Report on vaccination in the Province of Bengal - 1874-1889
Year: 1874
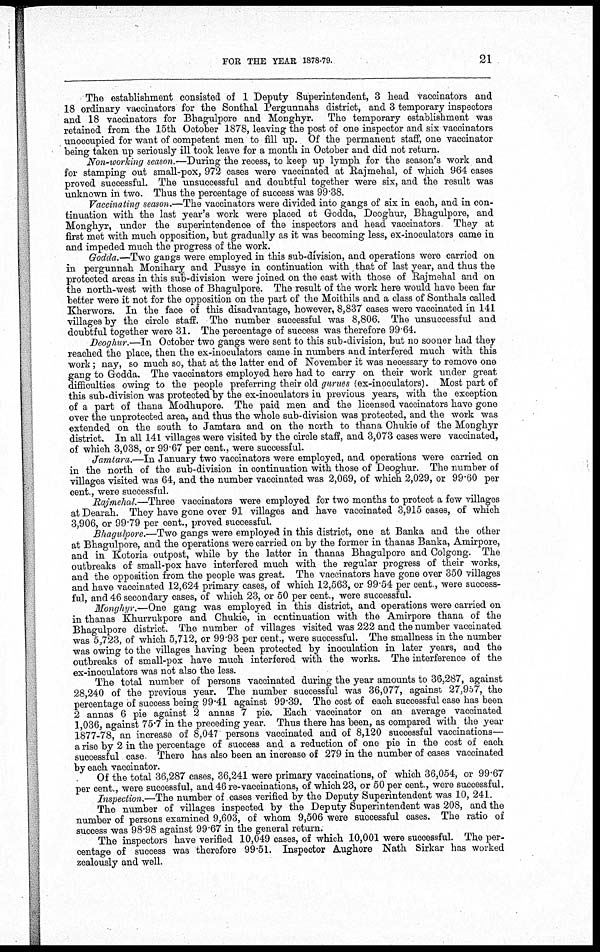
FOR THE YEAR 1878-79.
21
The establishment consisted of 1 Deputy Superintendent, 3 head vaccinators and
18 ordinary vaccinators for the Sonthal Pergunnahs district, and 3 temporary inspectors
and 18 vaccinators for Bhagulpore and Monghyr. The temporary establishment was
retained from the 15th October 1878, leaving the post of one inspector and six vaccinators
unoccupied for want of competent men to fill up. Of the permanent staff, one vaccinator
being taken up seriously ill took leave for a month in October and did not return.
Non-working season.—During the recess, to keep up lymph for the season's work and
for stamping out small-pox, 972 cases were vaccinated at Rajmehal, of which 964 cases
proved successful. The unsuccessful and doubtful together were six, and the result was
unknown in two. Thus the percentage of success was 99.38.
Vaccinating season.—The vaccinators were divided into gangs of six in each, and in con-
tinuation with the last year's work were placed at Godda, Deoghur, Bhagulpore, and
Monghyr, under the superintendence of the inspectors and head vaccinators They at
first met with much opposition, but gradually as it was becoming less, ex-inoculators came in
and impeded much the progress of the work.
Godda.—Two gangs were employed in this sub-division, and operations were carried on
in pergunnah Monihary and Pussye in continuation with that of last year, and thus the
protected areas in this sub-division were joined on the east with those of Rajmehal and on
the north-west with those of Bhagulpore. The result of the work here would have been far
better were it not for the opposition on the part of the Moithils and a class of Sonthals called
Kherwors. In the face of this disadvantage, however, 8,837 cases were vaccinated in 141
villages by the circle staff. The number successful was 8,806. The unsuccessful and
doubtful together were 31. The percentage of success was therefore 99.64.
Deoghur.—In October two gangs were sent to this sub-division, but no sooner had they
reached the place, then the ex-inoculators came in numbers and interfered much with this
work; nay, so much so, that at the latter end of November it was necessary to remove one
gang to Godda. The vaccinators employed here had to carry on their work under great
difficulties owing to the people preferring their old gurues (ex-inoculators). Most part of
this sub-division was protected by the ex-inoculators in previous years, with the exception
of a part of thana Modhupore. The paid men and the licensed vaccinators have gone
over the unprotected area, and thus the whole sub-division was protected, and the work was
extended on the south to Jamtara and on the north to thana Chukie of the Monghyr
district. In all 141 villages were visited by the circle staff, and 3,073 cases were vaccinated,
of which 3,038, or 99.67 per cent., were successful.
Jamtara.—In January two vaccinators were employed, and operations were carried on
in the north of the sub-division in continuation with those of Deoghur. The number of
villages visited was 64, and the number vaccinated was 2,069, of which 2,029, or 99.60 per
cent., were successful.
Rajmehal.—Three vaccinators were employed for two months to protect a few villages
at Dearah. They have gone over 91 villages and have vaccinated 3,915 cases, of which
3,906, or 99.79 per cent., proved successful.
Bhagulpore.—Two gangs were employed in this district, one at Banka and the other
at Bhagulpore, and the operations were carried on by the former in thanas Banka, Amirpore,
and in Kotoria outpost, while by the latter in thanas Bhagulpore and Colgong. The
outbreaks of small-pox have interfered much with the regular progress of their works,
and the opposition from the people was great. The vaccinators have gone over 350 villages
and have vaccinated 12,624 primary cases, of which 12,563, or 99.54 per cent, were success-
ful, and 46 secondary cases, of which 23, or 50 per cent., were successful.
Monghyr.—One gang was employed in this district, and operations were carried on
in thanas Khurrukpore and Chukie, in continuation with the Amirpore thana of the
Bhagulpore district. The number of villages visited was 222 and the number vaccinated
was 5,723, of which 5,712, or 99.93 per cent., were successful. The smallness in the number
was owing to the villages having been protected by inoculation in later years, and the
outbreaks of small-pox have much interfered with the works. The interference of the
ex-inoculators was not also the less.
The total number of persons vaccinated during the year amounts to 36,287, against
28,240 of the previous year. The number successful was 36,077, against 27,957, the
percentage of success being 99.41 against 99.39. The cost of each successful case has been
2 annas 6 pie against 2 annas 7 pie. Each vaccinator on an average vaccinated
1,036, against 75.7 in the preceding year. Thus there has been, as compared with the year
1877-78, an increase of 8,047 persons vaccinated and of 8,120 successful vaccinations—
a rise by 2 in the percentage of success and a reduction of one pie in the cost of each
successful case There has also been an increase of 279 in the number of cases vaccinated
by each vaccinator.
Of the total 36,287 cases, 36,241 were primary vaccinations, of which 36,054, or 99.67
per cent., were successful, and 46 re-vaccinations, of which 23, or 50 per cent, were successful.
Inspection.—The number of cases verified by the Deputy Superintendent was 10, 241.
The number of villages inspected by the Deputy Superintendent was 208, and the
number of persons examined 9,603, of whom 9,506 were successful cases.The ratio of
success was 98.98 against 99.67 in the general return.
The inspectors have verified 10,049 cases, of which 10,001 were successful. The per-
centage of success was therefore 99.51. Inspector Aughore Nath Sirkar has worked
zealously and well.